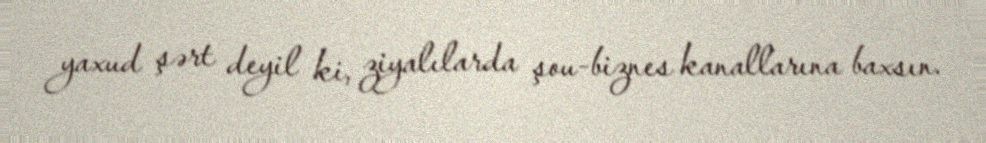
yaxud şərt deyil ki, ziyalılarda şou-biznes kanallarına baxsın.